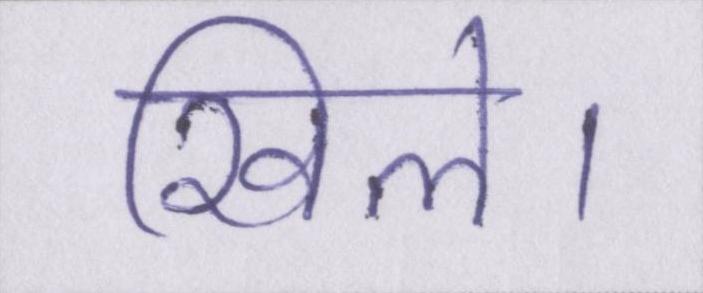
खिले।